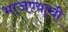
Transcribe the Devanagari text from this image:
भाजण्याची